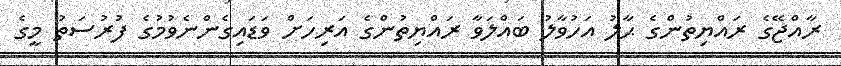
ރާއްޖޭގެ ރައްޔިތުންގެ ޙާލު އަހުވާލު ބައްލަވާ ރައްޔިތުންގެ އަރިހަށް ވަޑައިގެންނެވުމުގެ ފުރުސަތު މީގެ